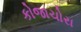
કોજાચોરા